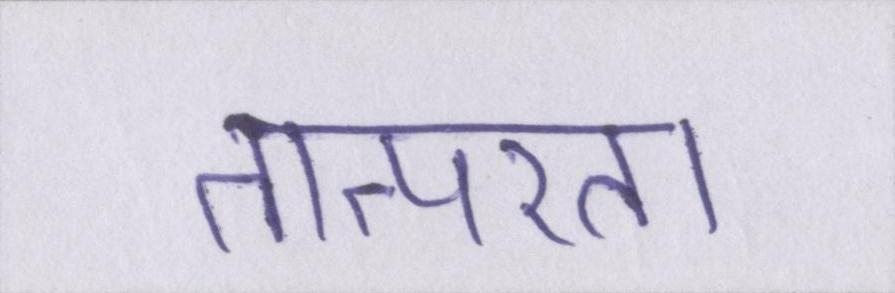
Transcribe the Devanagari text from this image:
तात्परता